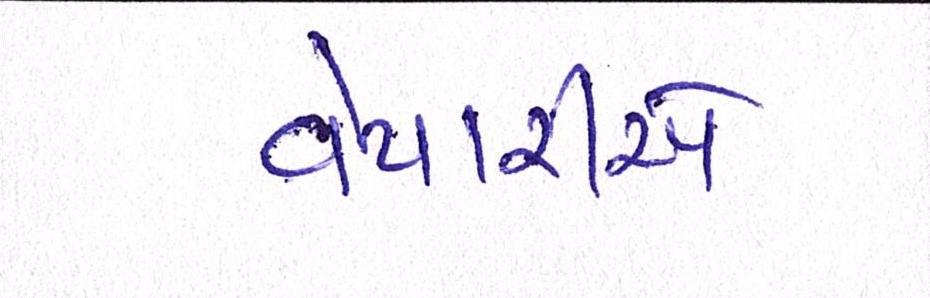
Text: વેપારીએ